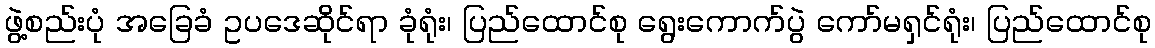
ဖွဲ့စည်းပုံ အခြေခံ ဥပဒေဆိုင်ရာ ခုံရုံး၊ ပြည်ထောင်စု ရွေးကောက်ပွဲ ကော်မရှင်ရုံး၊ ပြည်ထောင်စု